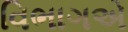
વિભાગએ